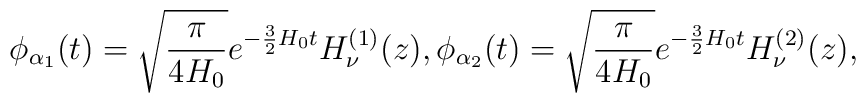
\phi_{\alpha_1} (t) = \sqrt{\frac{\pi}{4H_0}}e^{- \frac{3}{2} H_0 t}H_\nu^{(1)} (z),\phi_{\alpha_2} (t) = \sqrt{\frac{\pi}{4H_0}}e^{- \frac{3}{2} H_0 t}H_\nu^{(2)} (z),